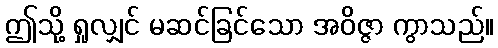
ဤသို့ ရှုလျှင် မဆင်ခြင်သော အဝိဇ္ဇာ ကွာသည်။